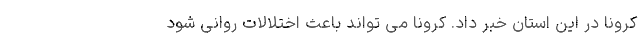
کرونا در این استان خبر داد. کرونا می تواند باعث اختلالات روانی شود